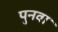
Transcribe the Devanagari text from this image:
पुनवा